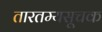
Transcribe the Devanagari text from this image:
तारतम्यसूचक